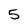
Character: 5